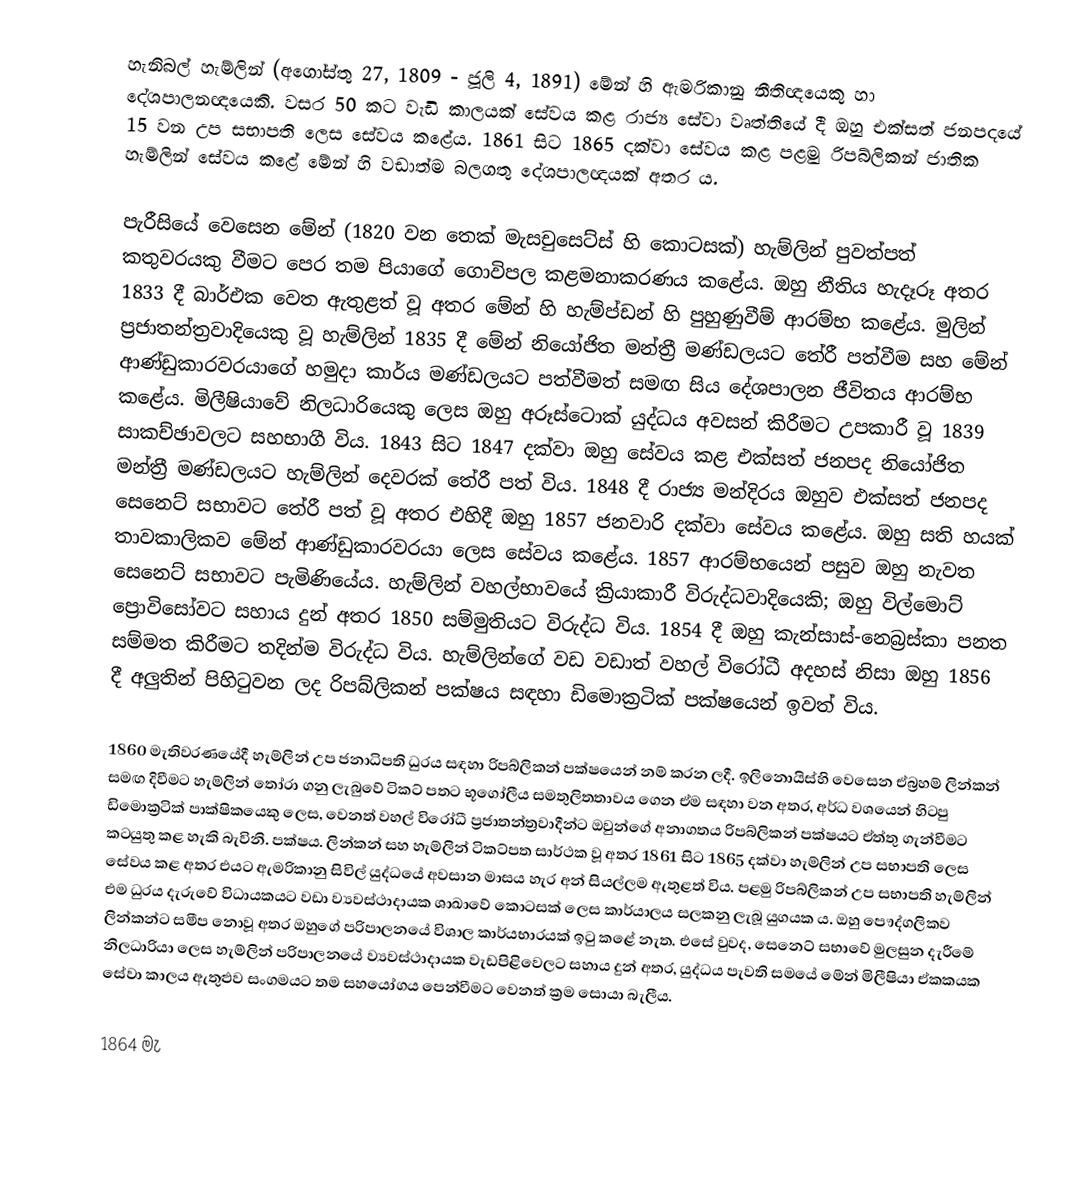
හැනිබල් හැම්ලින් (අගෝස්තු 27, 1809 - ජූලි 4, 1891) මේන් හි ඇමරිකානු නීතිඥයෙකු හා දේශපාලනඥයෙකි. වසර 50 කට වැඩි කාලයක් සේවය කළ රාජ්‍ය සේවා වෘත්තියේ දී ඔහු එක්සත් ජනපදයේ 15 වන උප සභාපති ලෙස සේවය කළේය. 1861 සිට 1865 දක්වා සේවය කළ පළමු රිපබ්ලිකන් ජාතික හැම්ලින් සේවය කළේ මේන් හි වඩාත්ම බලගතු දේශපාලඥයක් අතර ය.

පැරීසියේ වෙසෙන මේන් (1820 වන තෙක් මැසචුසෙට්ස් හි කොටසක්) හැම්ලින් පුවත්පත් කතුවරයකු වීමට පෙර තම පියාගේ ගොවිපල කළමනාකරණය කළේය. ඔහු නීතිය හැදෑරූ අතර 1833 දී බාර්එක වෙත ඇතුළත් වූ අතර මේන් හි හැම්ප්ඩන් හි පුහුණුවීම් ආරම්භ කළේය. මුලින් ප්‍රජාතන්ත්‍රවාදියෙකු වූ හැම්ලින් 1835 දී මේන් නියෝජිත මන්ත්‍රී මණ්ඩලයට තේරී පත්වීම සහ මේන් ආණ්ඩුකාරවරයාගේ හමුදා කාර්ය මණ්ඩලයට පත්වීමත් සමඟ සිය දේශපාලන ජීවිතය ආරම්භ කළේය. මිලීෂියාවේ නිලධාරියෙකු ලෙස ඔහු අරූස්ටොක් යුද්ධය අවසන් කිරීමට උපකාරී වූ 1839 සාකච්ඡාවලට සහභාගී විය. 1843 සිට 1847 දක්වා ඔහු සේවය කළ එක්සත් ජනපද නියෝජිත මන්ත්‍රී මණ්ඩලයට හැම්ලින් දෙවරක් තේරී පත් විය. 1848 දී රාජ්‍ය මන්දිරය ඔහුව එක්සත් ජනපද සෙනෙට් සභාවට තේරී පත් වූ අතර එහිදී ඔහු 1857 ජනවාරි දක්වා සේවය කළේය. ඔහු සති හයක් තාවකාලිකව මේන් ආණ්ඩුකාරවරයා ලෙස සේවය කළේය. 1857 ආරම්භයෙන් පසුව ඔහු නැවත සෙනෙට් සභාවට පැමිණියේය. හැම්ලින් වහල්භාවයේ ක්‍රියාකාරී විරුද්ධවාදියෙකි; ඔහු විල්මොට් ප්‍රොවිසෝවට සහාය දුන් අතර 1850 සම්මුතියට විරුද්ධ විය. 1854 දී ඔහු කැන්සාස්-නෙබ්‍රස්කා පනත සම්මත කිරීමට තදින්ම විරුද්ධ විය. හැම්ලින්ගේ වඩ වඩාත් වහල් විරෝධී අදහස් නිසා ඔහු 1856 දී අලුතින් පිහිටුවන ලද රිපබ්ලිකන් පක්ෂය සඳහා ඩිමොක්‍රටික් පක්ෂයෙන් ඉවත් විය.

1860 මැතිවරණයේදී හැම්ලින් උප ජනාධිපති ධුරය සඳහා රිපබ්ලිකන් පක්ෂයෙන් නම් කරන ලදී. ඉලිනොයිස්හි වෙසෙන ඒබ්‍රහම් ලින්කන් සමඟ දිවීමට හැම්ලින් තෝරා ගනු ලැබුවේ ටිකට් පතට භූගෝලීය සමතුලිතතාවය ගෙන ඒම සඳහා වන අතර, අර්ධ වශයෙන් හිටපු ඩිමොක්‍රටික් පාක්ෂිකයෙකු ලෙස, වෙනත් වහල් විරෝධී ප්‍රජාතන්ත්‍රවාදීන්ට ඔවුන්ගේ අනාගතය රිපබ්ලිකන් පක්ෂයට ඒත්තු ගැන්වීමට කටයුතු කළ හැකි බැවිනි. පක්ෂය. ලින්කන් සහ හැම්ලින් ටිකට්පත සාර්ථක වූ අතර 1861 සිට 1865 දක්වා හැම්ලින් උප සභාපති ලෙස සේවය කළ අතර එයට ඇමරිකානු සිවිල් යුද්ධයේ අවසාන මාසය හැර අන් සියල්ලම ඇතුළත් විය. පළමු රිපබ්ලිකන් උප සභාපති හැම්ලින් එම ධුරය දැරුවේ විධායකයට වඩා ව්‍යවස්ථාදායක ශාඛාවේ කොටසක් ලෙස කාර්යාලය සලකනු ලැබූ යුගයක ය. ඔහු පෞද්ගලිකව ලින්කන්ට සමීප නොවූ අතර ඔහුගේ පරිපාලනයේ විශාල කාර්යභාරයක් ඉටු කළේ නැත. එසේ වුවද, සෙනෙට් සභාවේ මුලසුන දැරීමේ නිලධාරියා ලෙස හැම්ලින් පරිපාලනයේ ව්‍යවස්ථාදායක වැඩපිළිවෙලට සහාය දුන් අතර, යුද්ධය පැවති සමයේ මේන් මිලීෂියා ඒකකයක සේවා කාලය ඇතුළුව සංගමයට තම සහයෝගය පෙන්වීමට වෙනත් ක්‍රම සොයා බැලීය.

1864 මැ